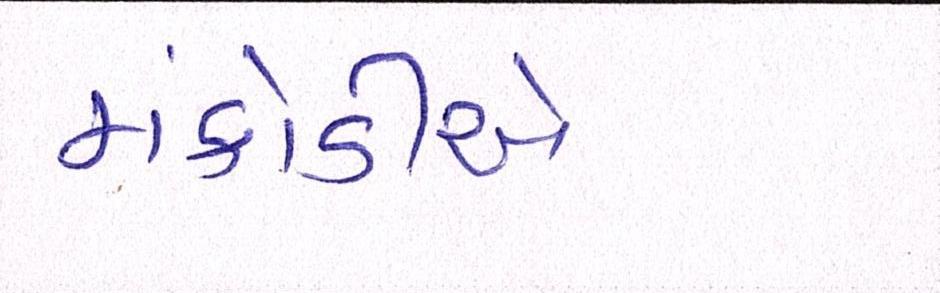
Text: મંકોડીએ